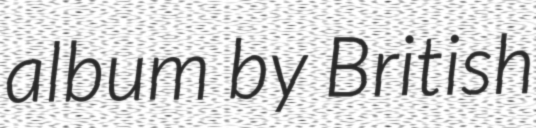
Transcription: album by British